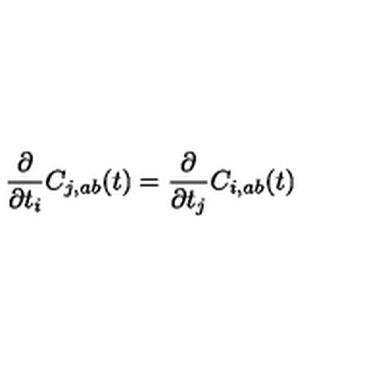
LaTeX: \frac { \partial } { \partial t _ { i } } C _ { j , a b } ( t ) = \frac { \partial } { \partial t _ { j } } C _ { i , a b } ( t )